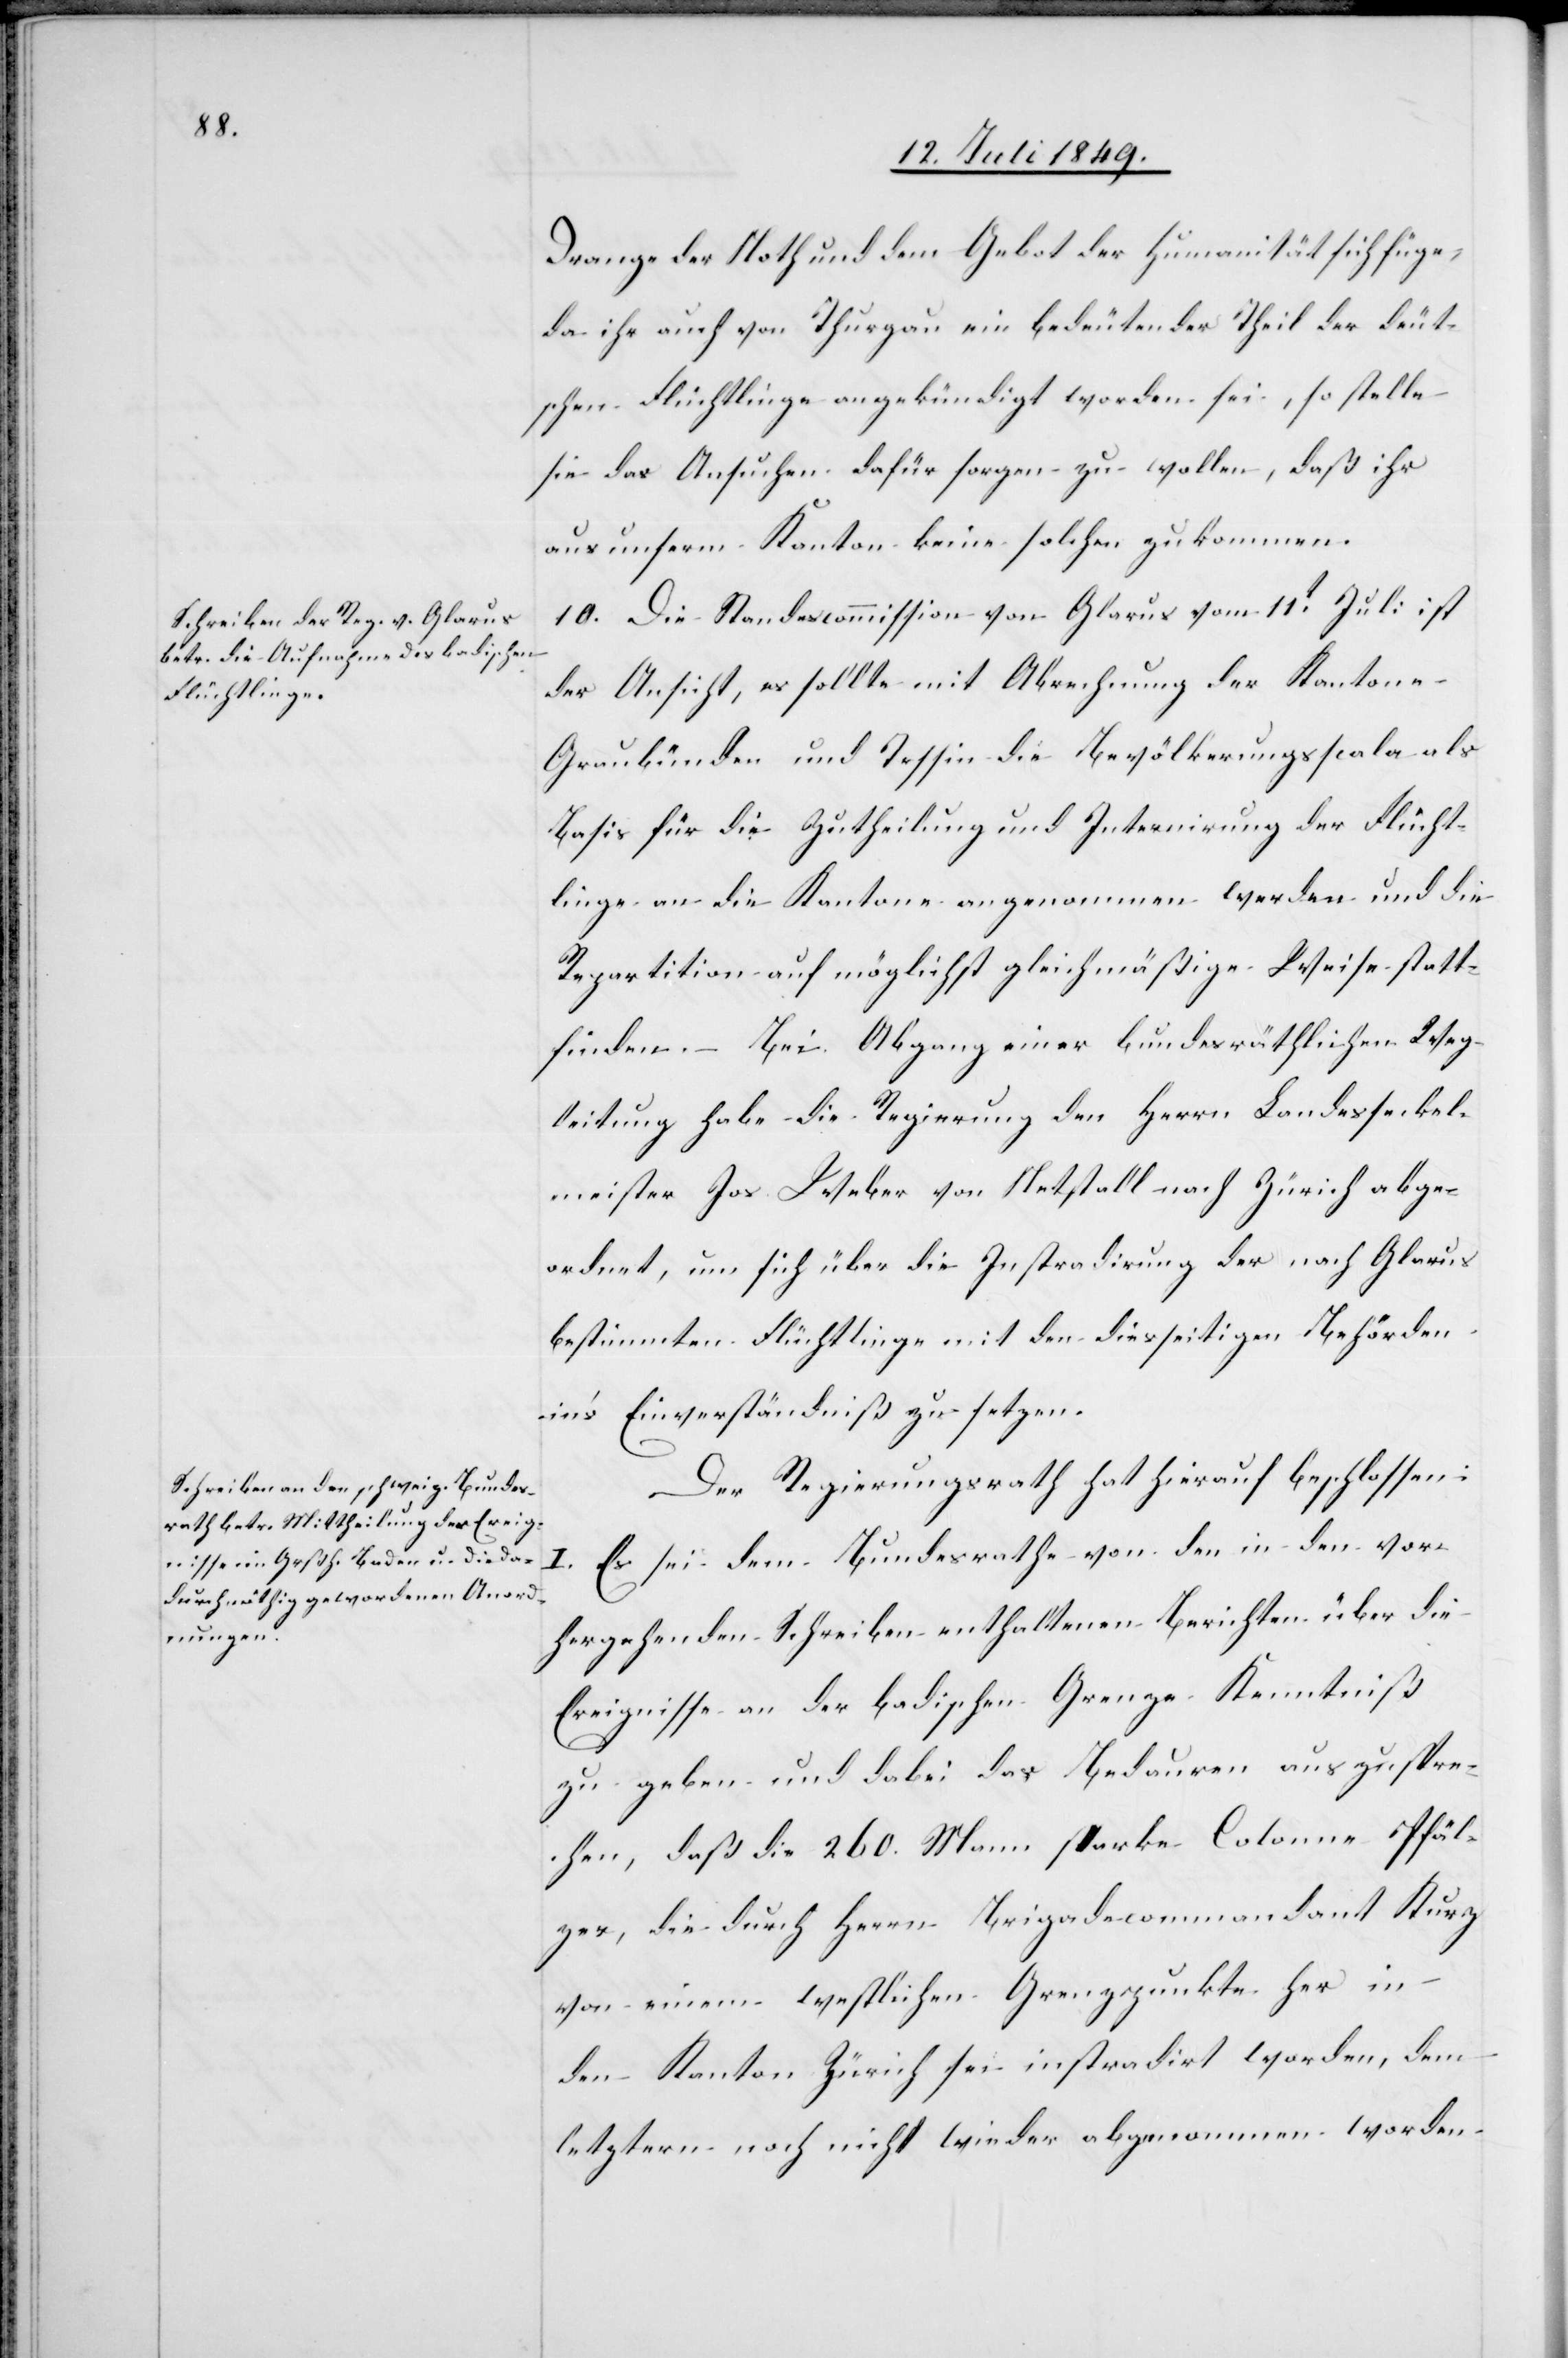
Drange der Noth und dem Gebot der Humanität sich füge,
da ihr auch von Thurgau ein bedeutender Theil der deut¬
schen Flüchtlinge angekündigt worden sei, so stelle
sie das Ansuchen dafür sorgen zu wollen, daß ihr
aus unserm Kanton keine solche zu kommen.
10. Die Standescommission von Glarus vom 11t Juli ist
der Ansicht, es sollte mit Abrechnung der Kantone
Graubünden und Tessin die Bevölkerungsscala als
Basis für die Zutheilung und Internirung der Flücht¬
linge an die Kantone angenommen werden und die
Repartition auf möglichst gleichmäßige Weise statt¬
finden. – Bei Abgang einer bundesräthlichen Weg¬
leitung habe die Regierung den Herrn Landesseckel¬
meister Jos. Weber von Netstall nach Zürich abge¬
ordnet, um sich über die Instradirung der nach Glarus
bestimmten Flüchtlinge mit den diesseitigen Behörden
in’s Einverständniß zu setzen.
Der Regierungsrath hat hierauf beschlossen:
I. Es sei dem Bundesrathe von den in den vor¬
hergehenden Schreiben enthaltenen Berichte über die
Ereignisse an der badischen Grenze Kenntniß
zu geben und dabei das Bedauern auszuspre¬
chen, daß die 260. Mann starke Colonne Pfäl¬
zer, die durch Herrn Brigadecommandant Kurz
von einem westlichen Grenzpunkte her in
den Kanton Zürich sei instradirt worden, dem
letztern noch nicht wieder abgenommen worden